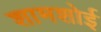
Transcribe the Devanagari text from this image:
शामशोई